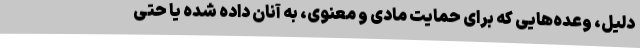
دلیل، وعده‌هایی که برای حمایت مادی و معنوی، به آنان داده شده یا حتی